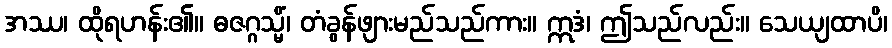
အဿ၊ ထိုရဟန်း၏။ ဓဇဂ္ဂသ္မိံ၊ တံခွန်ဖျားမည်သည်ကား။ ဣဒံ၊ ဤသည်လည်း။ သေယျထာပိ၊